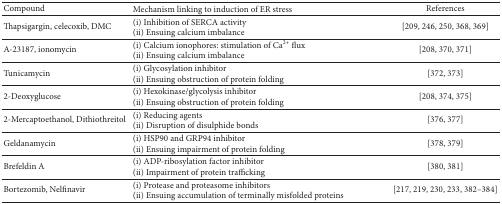
<table><thead><tr><td><b>Compound</b></td><td><b>Mechanism linking to induction of ER stress</b></td><td><b>References</b></td></tr></thead><tbody><tr><td>Thapsigargin, celecoxib, DMC</td><td>(i) Inhibition of SERCA activity(ii) Ensuing calcium imbalance</td><td>[209, 246, 250, 368, 369]</td></tr><tr><td>A-23187, ionomycin</td><td>(i) Calcium ionophores: stimulation of Ca<sup>2+</sup> flux(ii) Ensuing calcium imbalance </td><td>[208, 370, 371]</td></tr><tr><td>Tunicamycin</td><td>(i) Glycosylation inhibitor(ii) Ensuing obstruction of protein folding </td><td>[372, 373]</td></tr><tr><td>2-Deoxyglucose</td><td>(i) Hexokinase/glycolysis inhibitor(ii) Ensuing obstruction of protein folding</td><td>[208, 374, 375]</td></tr><tr><td>2-Mercaptoethanol, Dithiothreitol</td><td>(i) Reducing agents (ii) Disruption of disulphide bonds </td><td>[376, 377]</td></tr><tr><td>Geldanamycin</td><td>(i) HSP90 and GRP94 inhibitor(ii) Ensuing impairment of protein folding</td><td>[378, 379]</td></tr><tr><td>Brefeldin A</td><td>(i) ADP-ribosylation factor inhibitor(ii) Impairment of protein trafficking</td><td>[380, 381]</td></tr><tr><td>Bortezomib, Nelfinavir</td><td>(i) Protease and proteasome inhibitors(ii) Ensuing accumulation of terminally misfolded proteins</td><td>[217, 219, 230, 233, 382–384]</td></tr></tbody></table>